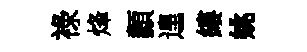
祿烽纇遑縷姚